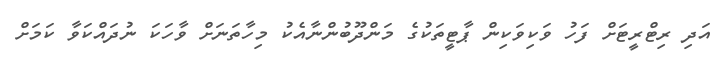
އަދި ރިޓްރީޓަށް ފަހު ވަކިވަކިން ޕާޓީތަކުގެ މަންދޫބުންނާއެކު މިހާތަނަށް ވާހަކަ ނުދައްކަވާ ކަމަށް